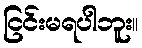
ငြင်းမရပါဘူး။